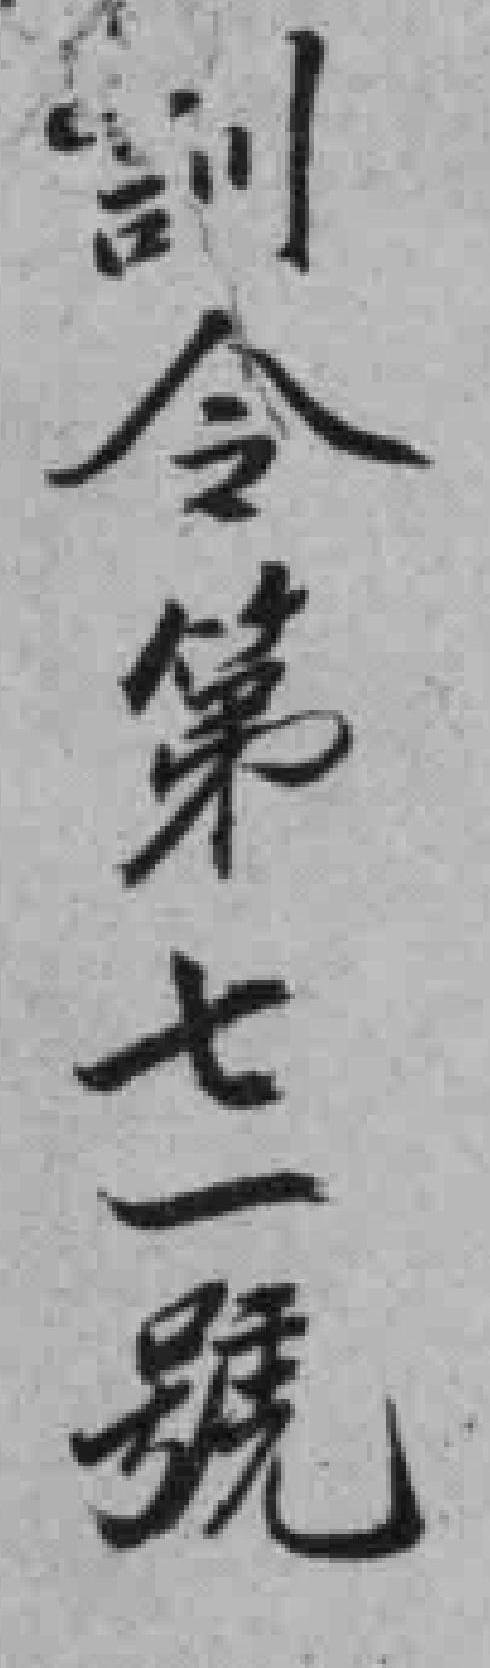
訓今第七號